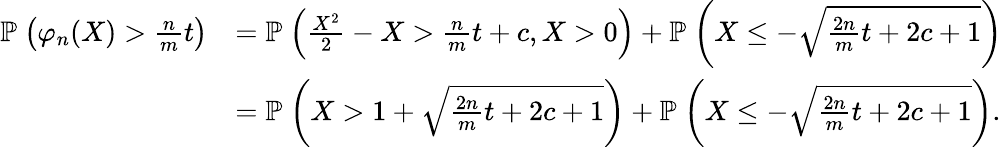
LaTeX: \begin{array}{rl}{\mathbb{P}_{}\left({\varphi_{n}(X)>\frac{n}{m}t}\right)}&{=\mathbb{P}_{}\left({\frac{X^{2}}{2}-X>\frac{n}{m}t+c,X>0}\right)+\mathbb{P}_{}\left({X\leq-\sqrt{\frac{2n}{m}t+2c+1}}\right)}\\ &{=\mathbb{P}_{}\left({X>1+\sqrt{\frac{2n}{m}t+2c+1}}\right)+\mathbb{P}_{}\left({X\leq-\sqrt{\frac{2n}{m}t+2c+1}}\right).}\end{array}